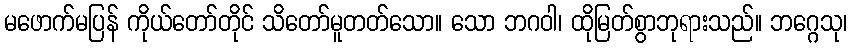
မဖောက်မပြန် ကိုယ်တော်တိုင် သိတော်မူတတ်သော။ သော ဘဂဝါ၊ ထိုမြတ်စွာဘုရားသည်။ ဘဂ္ဂေသု၊